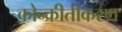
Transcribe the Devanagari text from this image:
कोन्क्रीतीकरण